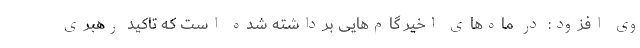
وی افزود: در ماه‌های اخیر گام‌هایی برداشته شده است که تاکید رهبری